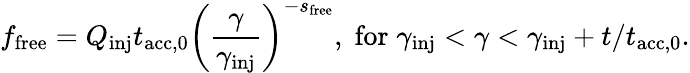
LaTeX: f_{\mathrm{free}}=Q_{\mathrm{inj}}t_{\mathrm{acc,0}}\left(\frac{\gamma}{\gamma_{\mathrm{inj}}}\right)^{-s_{\mathrm{free}}},{\; \mathrm{for\; }}\gamma_{\mathrm{inj}}<\gamma<\gamma_{\mathrm{inj}}+t/t_{\mathrm{acc,0}}.